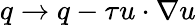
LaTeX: q\to q-\tau u\cdot\nabla u